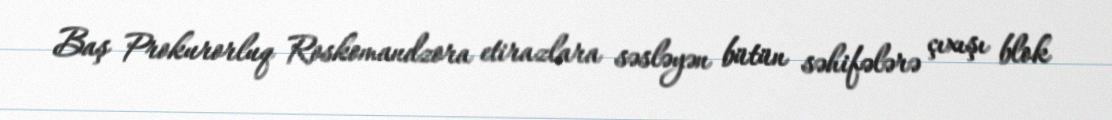
Baş Prokurorluq Roskomandzora etirazlara səsləyən bütün səhifələrə çıxışı blok